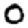
Digit: 0